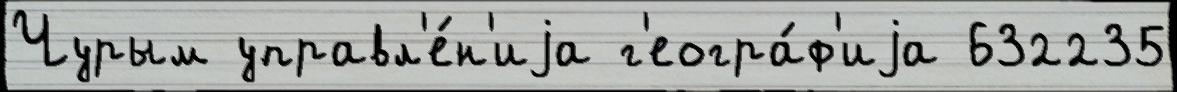
Чурым управл'е́н'иjа г'еогра́ф'иjа 632235